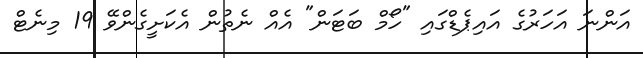
އަންނަ އަހަރުގެ އައިޕެޑްގައި "ހޯމް ބަޓަން" އެއް ނެތުން އެކަށީގެންވޭ 19 މިނެޓް